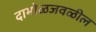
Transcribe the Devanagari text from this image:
दाभोळजवळील